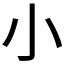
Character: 小